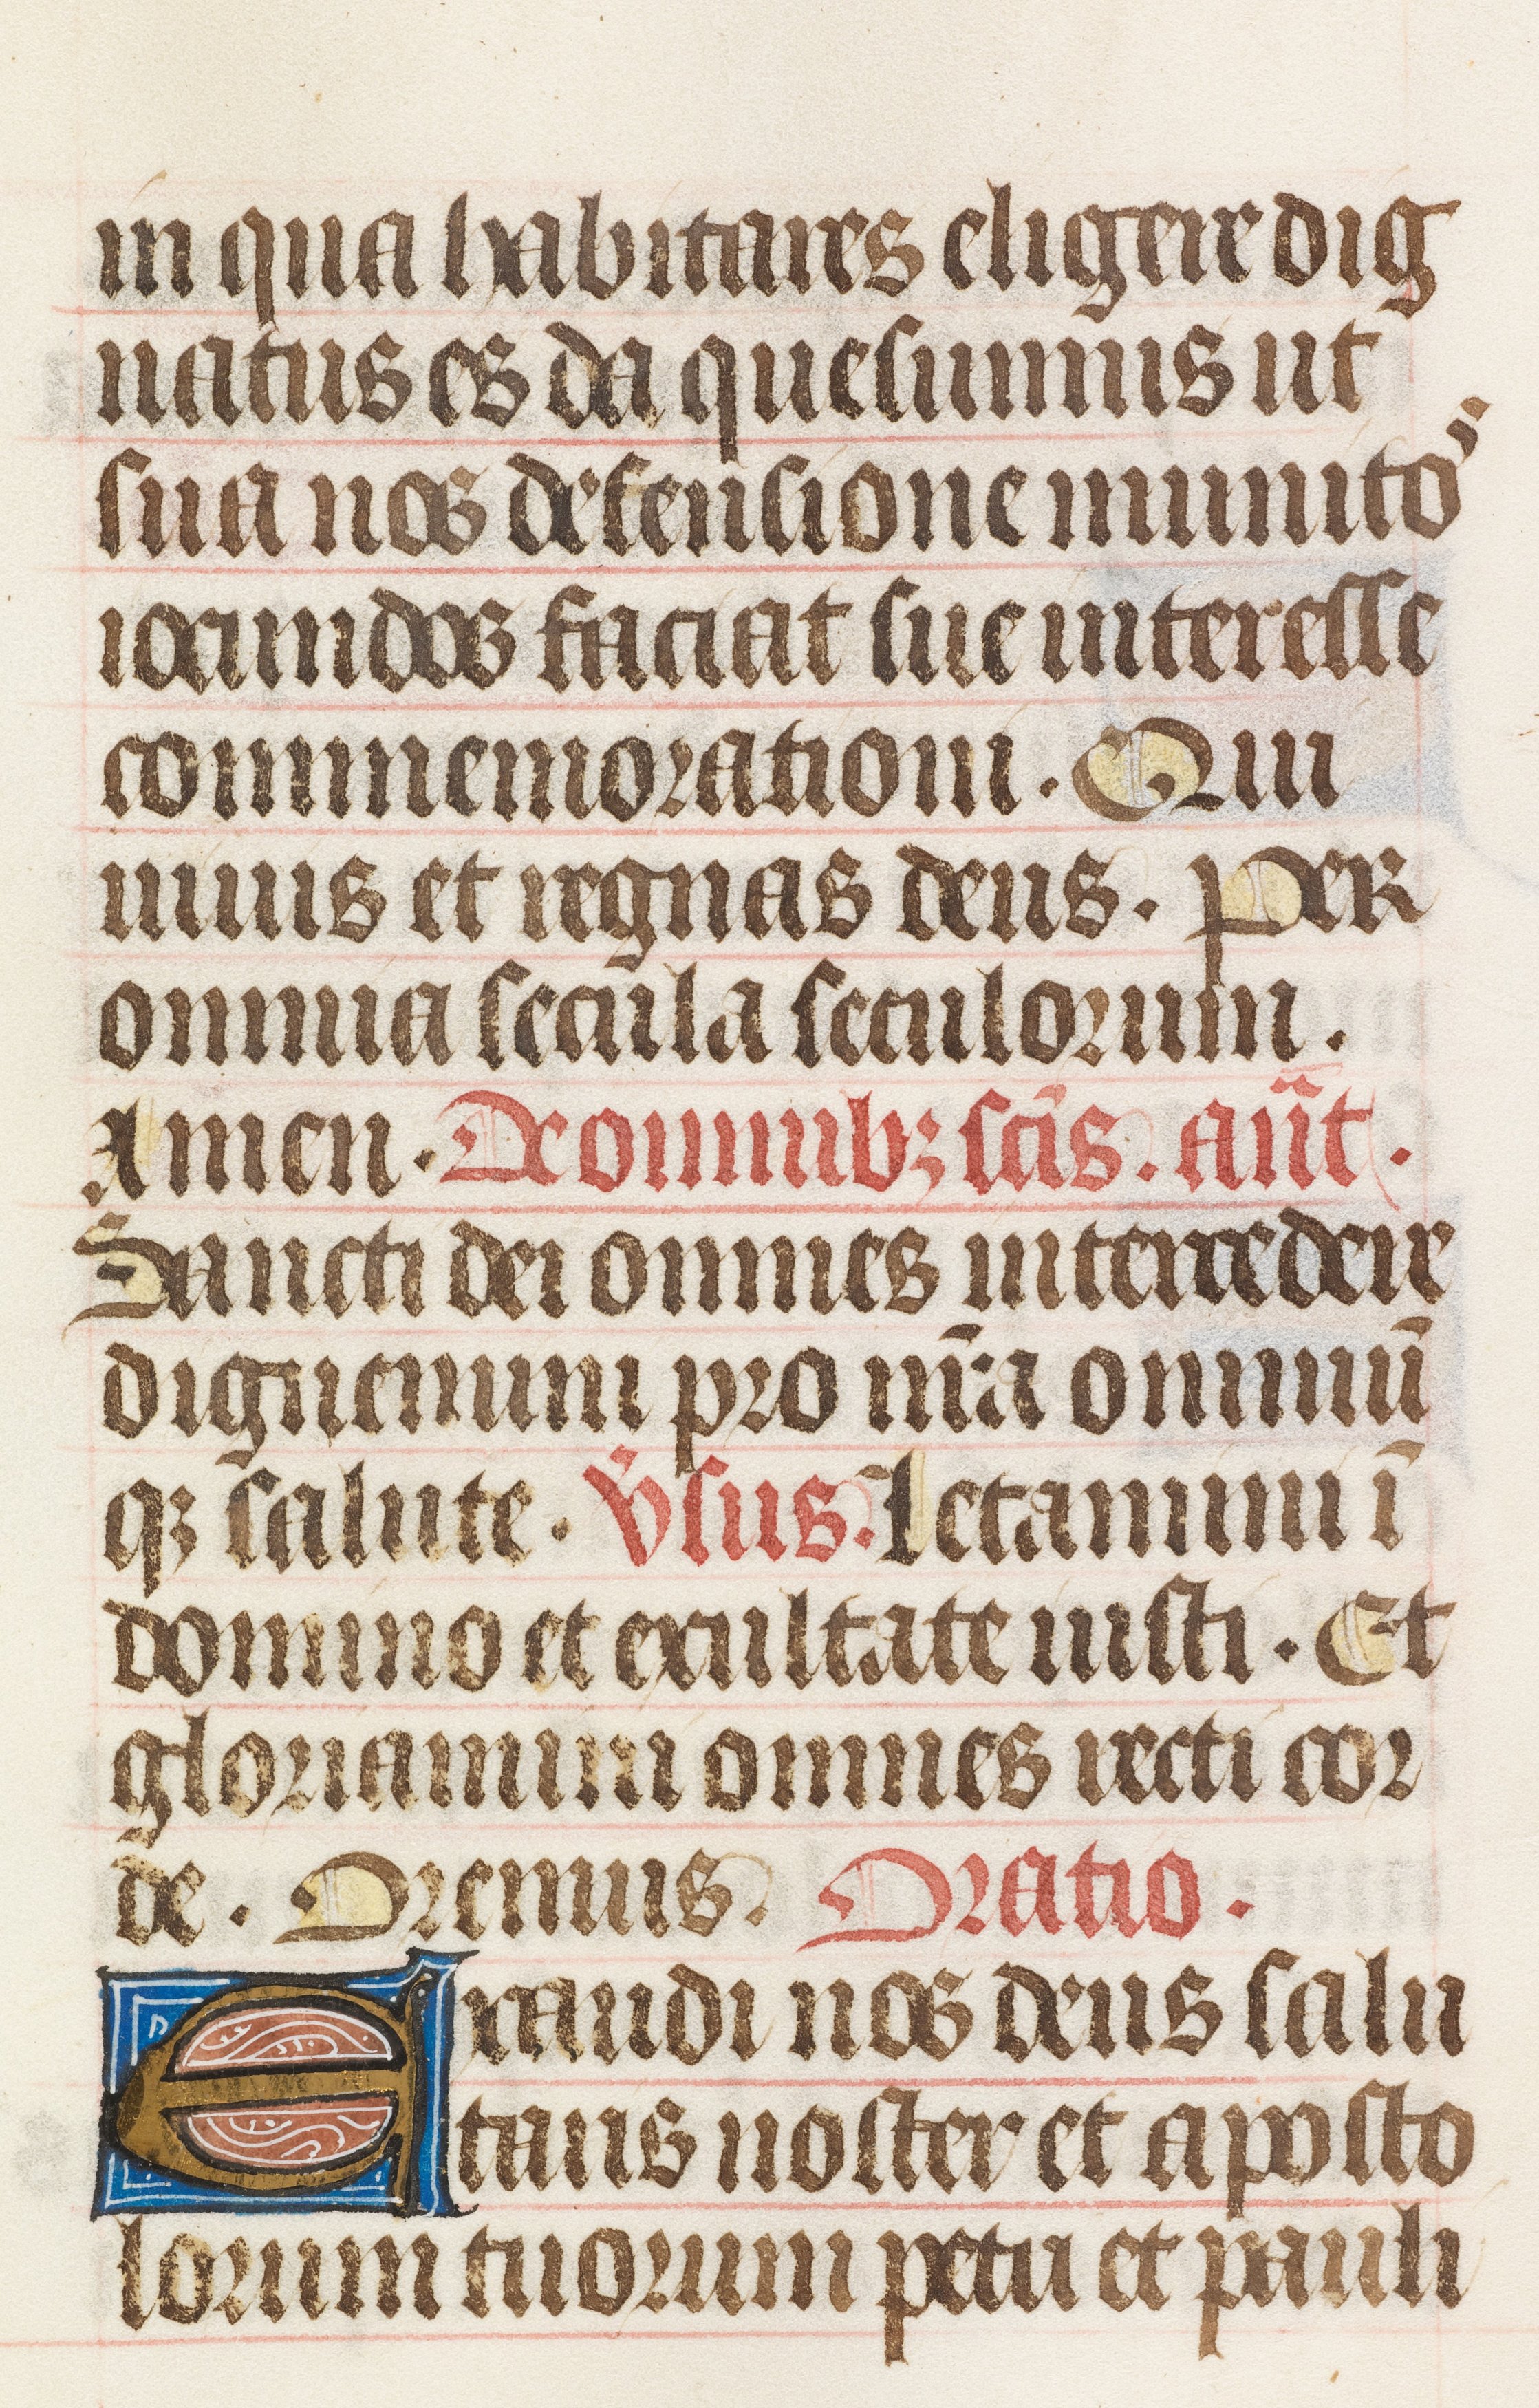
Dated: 1425–1465